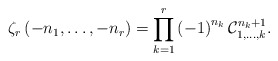
\begin{align*}\zeta_{r}\left(-n_{1},\dots,-n_{r}\right)=\prod_{k=1}^{r}\left(-1\right)^{n_{k}}\mathcal{C}_{1,\dots,k}^{n_{k}+1}.\end{align*}